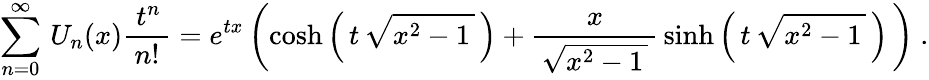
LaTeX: \sum_{n=0}^{\infty}\, U_{n}(x){\frac{\; t^{n}\, }{n!}}=e^{tx}\left(\cosh\left(\, t\, {\sqrt{x^{2}-1\, }}\, \right)+{\frac{x}{\, {\sqrt{x^{2}-1\, }}\, }}\sinh\left(\, t\, {\sqrt{x^{2}-1\, }}\, \right)\, \right)~.